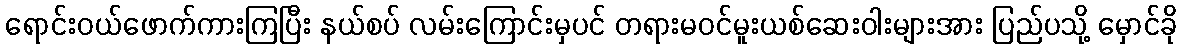
ရောင်းဝယ်ဖောက်ကားကြပြီး နယ်စပ် လမ်းကြောင်းမှပင် တရားမဝင်မူးယစ်ဆေးဝါးများအား ပြည်ပသို့ မှောင်ခို